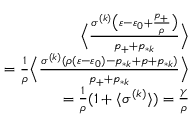
\begin{array} { r } { \Big \langle \frac { \sigma ^ { ( k ) } \big ( \varepsilon - \varepsilon _ { 0 } + \frac { p _ { + } } { \rho } \big ) } { p _ { + } + p _ { * k } } \Big \rangle } \\ { = \frac { 1 } { \rho } \Big \langle \frac { \sigma ^ { ( k ) } ( \rho ( \varepsilon - \varepsilon _ { 0 } ) - p _ { * k } + p + p _ { * k } ) } { p _ { + } + p _ { * k } } \Big \rangle } \\ { = \frac { 1 } { \rho } ( 1 + \langle \sigma ^ { ( k ) } \rangle ) = \frac { \gamma } { \rho } } \end{array}